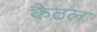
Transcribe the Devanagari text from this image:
कैठल